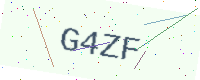
Text: G4ZF